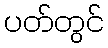
ပတ်တွင်